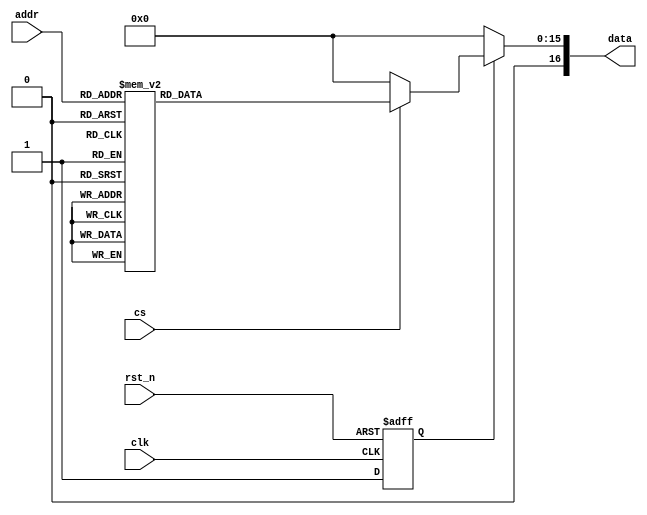

module ROM1_Z7(clk, rst_n, cs, addr, data);

input [2:0] addr; // address
input cs; // chip select
input rst_n; 
input clk; 
output reg [16:0] data;

reg [15:0] rom_data;
reg rst_n_sync;

always@(*) begin

if(cs)
begin
//   c1= 0.9807852804 , c2= 0.92387953251 , c3= 0.8314696123 , c4= 0.70710678118 , c5= 0.55557023302 , c6= 0.38268343236 , c7= 0.19509032201 
case(addr) 
3'b000: rom_data = 16'b0001000001010000;
3'b001: rom_data = 16'b1101000110001011;
3'b010: rom_data = 16'b0100010110000111;
3'b011: rom_data = 16'b0000011011000001;

3'b100: rom_data = 16'b1110110011000001;
3'b101: rom_data = 16'b1010110111111100;
3'b110: rom_data = 16'b0010000111111000;
3'b111: rom_data = 16'b1110001100110011;
default: rom_data = 16'b0;
endcase 
end 
else rom_data = 0; 
end 

// Asynchronous reset assertion, synchronous reset deassertion
always @(negedge rst_n or posedge clk) begin
    if (!rst_n)
        rst_n_sync <= 1'b0;  // Asynchronous reset assertion
    else
        rst_n_sync <= 1'b1;  // Synchronous reset deassertion
end

// Data output logic
always @(*) begin
    if (!rst_n_sync)
        data = 17'b0;  // Clear data on reset
    else
        data = rom_data;  // Update data immediately from combinational logic
end

endmodule
 

// // c1= 0.9807852804 , c2= 0.92387953251 , c3= 0.8314696123 , c4= 0.70710678118 , c5= 0.55557023302 , c6= 0.38268343236 , c7= 0.19509032201 
// // make sure that c4 is equal 32'b01011010100000100111100110011001
// // This is for the first row to get z1 only 	*this is the first rom*
//     			                           // It must be in Fixed Point representation! 
// // first bit is for +/- , then the 2nd bit either 0 for 0 or 1 for 1, negatives is the 2's compliment for the whole number
 
//      if (addr == 3'b000) begin data <= 16'b0001000001010000; end // 0.2548977896 = -0.5( 0.19509032201 - 0.55557023302 + 0.8314696123 - 0.9807852804)
// // (x0j==0 && x1j==0 && x2j==0 && x3j==0 )  -0.5[c7-c5+c3-c1] negative 1111  

// else if (addr == 3'b001) begin data <= 16'b1101000110001011; end // -0.7258874908  = -0.5( 0.19509032201 - 0.55557023302 + 0.8314696123 + 0.9807852804)
// // (x0j==0 && x1j==0 && x2j==0 && x3j==1 ) -0.5[c7-c5+c3+c1] = negative 1110    

// else if (addr == 3'b010) begin data <= 16'b0100010110000111; end //  1.086367402 = -0.5( 0.19509032201 - 0.55557023302 - 0.8314696123 - 0.9807852804)
// // (x0j==0 && x1j==0 && x2j==1 && x3j==0 ) -0.5[c7-c5-c3-c1] = negative 1101  
 
// else if (addr == 3'b011) begin data <= 16'b0000011011000001; end // 0.1055821215  = -0.5( 0.19509032201 - 0.55557023302 - 0.8314696123 + 0.9807852804)
// // (x0j==0 && x1j==0 && x2j==1 && x3j==1 ) -0.5[c7-c5-c3+c1] = negative 1100  
  

// else if (addr == 3'b100) begin data <= 16'b1110110011000001; end // -0.3006724435  = -0.5( 0.19509032201 + 0.55557023302 + 0.8314696123 - 0.9807852804)
// // (x0j==0 && x1j==1 && x2j==0 && x3j==0 ) -0.5[c7+c5+c3-c1] = negative 1011  

// else if (addr == 3'b101) begin data <= 16'b1010110111111100; end // -1.281457724  = -0.5( 0.19509032201 + 0.55557023302 + 0.8314696123 + 0.9807852804)
// // (x0j==0 && x1j==1 && x2j==0 && x3j==1 ) -0.5[c7+c5+c3+c1] = negative 1010  
  
// else if (addr == 3'b110) begin data <= 16'b0010000111111000; end // 0.5307971688  =  -0.5( 0.19509032201 + 0.55557023302 - 0.8314696123 - 0.9807852804)
// // (x0j==0 && x1j==1 && x2j==1 && x3j==0 ) -0.5[c7+c5-c3-c1] = negative 1001  
 
// else if (addr == 3'b111) begin data <= 16'b1110001100110011; end // -0.4499881116  = -0.5( 0.19509032201 + 0.55557023302 - 0.8314696123 + 0.9807852804)
// // (x0j==0 && x1j==1 && x2j==1 && x3j==1 ) -0.5[c7+c5-c3+c1] = negative 1000